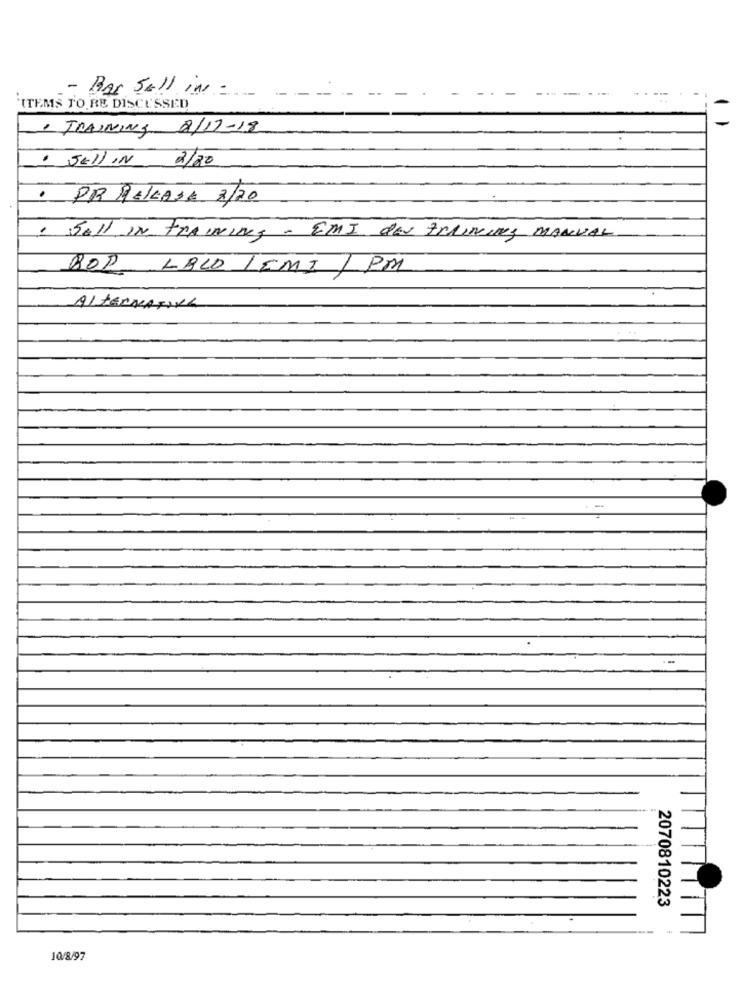
- Bar sell in :
ITEMS TO RE DISCUSSED
, TRAINING 8/17-18
. Sell IN 2/20
· PR PALLAS E 8/20
. Sell IN TRAINING - EMI des TRAINING MANUAL
BOD LBLO LEMI 1 PM
Alternatixh
2070810223
10/8/97